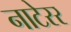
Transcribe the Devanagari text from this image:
नाटेरर